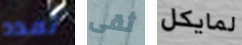
تمدد ثقى لمايكل